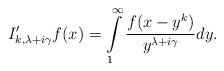
LaTeX: \begin{align*} I'_{k,\lambda+i\gamma}f(x)=\int\limits_{1}^{\infty}\frac{f(x-y^k)}{y^{\lambda+i\gamma}}dy.\end{align*}